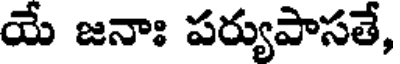
యే జనాః పర్యుపాసతే,